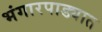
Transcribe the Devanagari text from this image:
भंगारपाड्यात